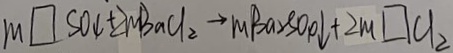
m \square S O _ { 4 } + 2 m B a C l _ { 2 } \rightarrow M B a _ { 2 } S O _ { p } \downarrow + 2 m \square C l _ { 2 }